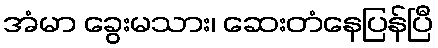
အံမာ ခွေးမသား၊ ဆေးတံနေပြန်ပြီ